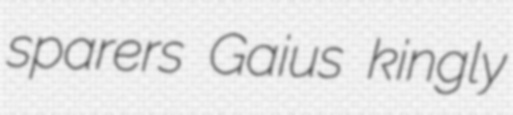
sparers Gaius kingly